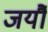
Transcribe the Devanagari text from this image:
जर्यौ